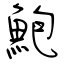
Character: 鮑